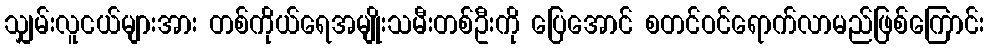
သျှမ်းလူငယ်များအား တစ်ကိုယ်ရေအမျိုးသမီးတစ်ဦးကို ပြေအောင် စတင်ဝင်ရောက်လာမည်ဖြစ်ကြောင်း